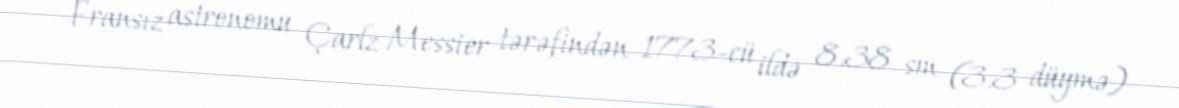
Fransız astronomu Çarlz Messier tərəfindən 1773-cü ildə 8.38 sm (3.3 düymə)